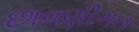
છાવણીગત